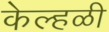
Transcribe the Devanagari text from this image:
केल्हळी